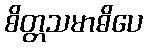
စိတ္တသမာဓိပေ